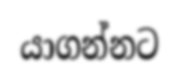
යාගන්නට